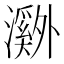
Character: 𬉝